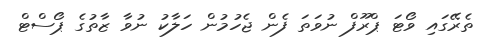
ތެރޭގައި ވޯޓަ ޕްރޫފް ނުވަތަ ފެން ޖެހުމުން ހަލާކު ނުވާ ޒާތުގެ ޕޯސްޓް